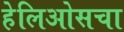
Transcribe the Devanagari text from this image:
हेलिओसचा